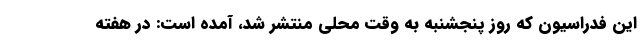
این فدراسیون که روز پنجشنبه به وقت محلی منتشر شد، آمده است: در هفته